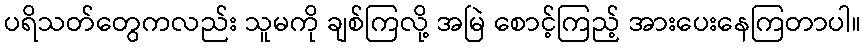
ပရိသတ်တွေကလည်း သူမကို ချစ်ကြလို့ အမြဲ စောင့်ကြည့် အားပေးနေကြတာပါ။